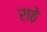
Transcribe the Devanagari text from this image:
राठे